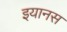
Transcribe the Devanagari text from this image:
इयानस